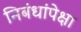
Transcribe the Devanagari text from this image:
निबंधांपेक्षा